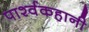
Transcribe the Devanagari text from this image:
पार्श्वकहानी